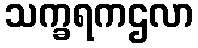
သက္ခရကဌလာ